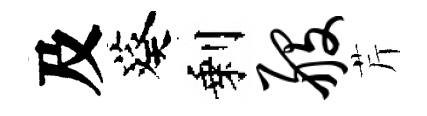
及葵剩般芹